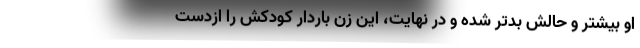
او بیشتر و حالش بدتر شده و در نهایت، این زن باردار کودکش را ازدست